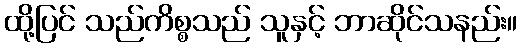
ထို့ပြင် သည်ကိစ္စသည် သူနှင့် ဘာဆိုင်သနည်း။